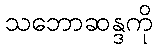
သဘောဆန္ဒကို